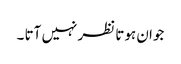
جوان ہوتا نظر نہیں آتا ۔